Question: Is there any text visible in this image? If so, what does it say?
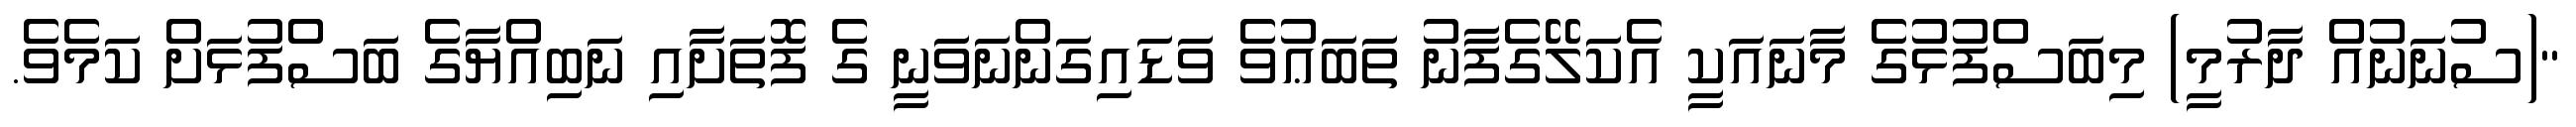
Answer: "(ސުނަނުއް ދާރުމީ) މިބަސްފުޅުގެ މާނައަކީ އެކަލޭގެފާނު ތަބަޢުވެ ވަޑައިގަންނަވަނީ ގެ ފޮތަށާއި ނަބިއްޔާގެ ބަސްފުޅަށް ކަމެވެ.